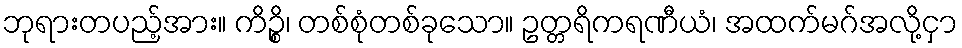
ဘုရားတပည့်အား။ ကိဉ္စိ၊ တစ်စုံတစ်ခုသော။ ဥတ္တရိကရဏီယံ၊ အထက်မဂ်အလို့ငှာ